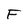
Character: F